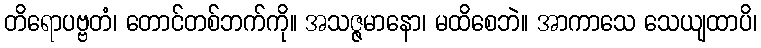
တိရောပဗ္ဗတံ၊ တောင်တစ်ဘက်ကို။ အသဇ္ဇမာနော၊ မထိစေဘဲ။ အာကာသေ သေယျထာပိ၊